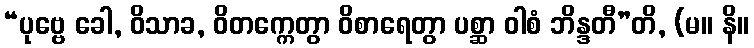
“ပုဗ္ဗေ ခေါ, ဝိသာခ, ဝိတက္ကေတွာ ဝိစာရေတွာ ပစ္ဆာ ဝါစံ ဘိန္ဒတီ”တိ, (မ။ နိ။